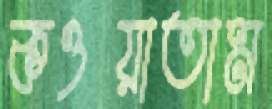
কওয়াতাম